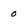
Character: 0